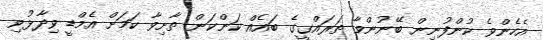
އެހެންވެ ކުންފުނިން ބޭނުންވާ ތަރައްގީގެ ބައެއް ކަންކަން ތާށިވާ ކަމަށް އެމްޑީ ވިދާޅުވި